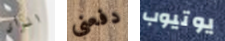
الرأى دفعني يوتيوب